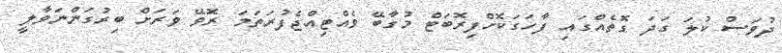
ދުވަސް ކުލަ ގަދަ ގޮތެއްގައި ފާހަގަކޮށްފިރޮބަޓް މުގާބޭ ވެއްޓިއްޖެފުރަތަމަ ރޮވޭ ވަރަށް ބިރުގަންނަވާލީ